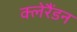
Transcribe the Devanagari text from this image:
क्लेरैंडन